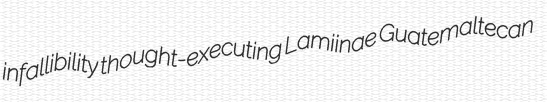
infallibility thought-executing Lamiinae Guatemaltecan